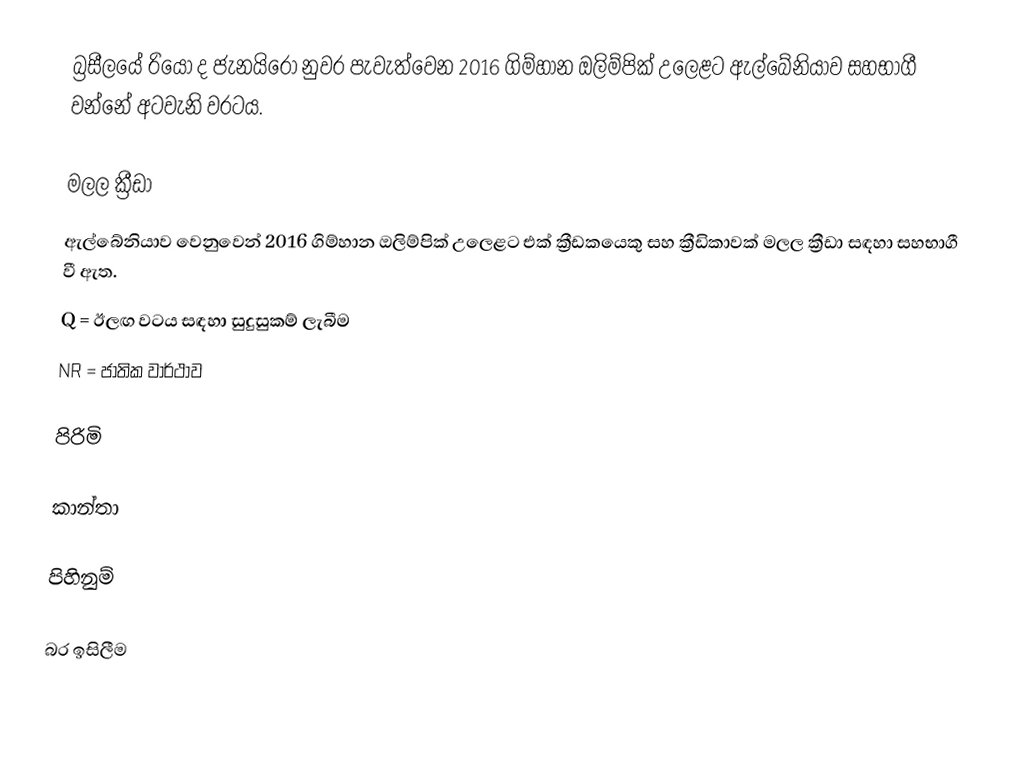
බ්‍රසීලයේ රියෝ ද ජැනයිරෝ නුවර පැවැත්වෙන 2016 ගිම්හාන ඔලිම්පික් උලෙළට ඇල්බේනියාව සහභාගී වන්නේ අටවැනි වරටය.

මලල ක්‍රීඩා
ඇල්බේනියාව වෙනුවෙන් 2016 ගිම්හාන ඔලිම්පික් උලෙළට එක් ක්‍රීඩකයෙකු සහ ක්‍රීඩිකාවක් මලල ක්‍රීඩා සඳහා සහභාගී වී ඇත.
 Q = ඊලඟ වටය සඳහා සුදුසුකම් ලැබීම
 NR = ජාතික වාර්ථාව

පිරිමි

කාන්තා

පිහිනුම්

බර ඉසිලීම